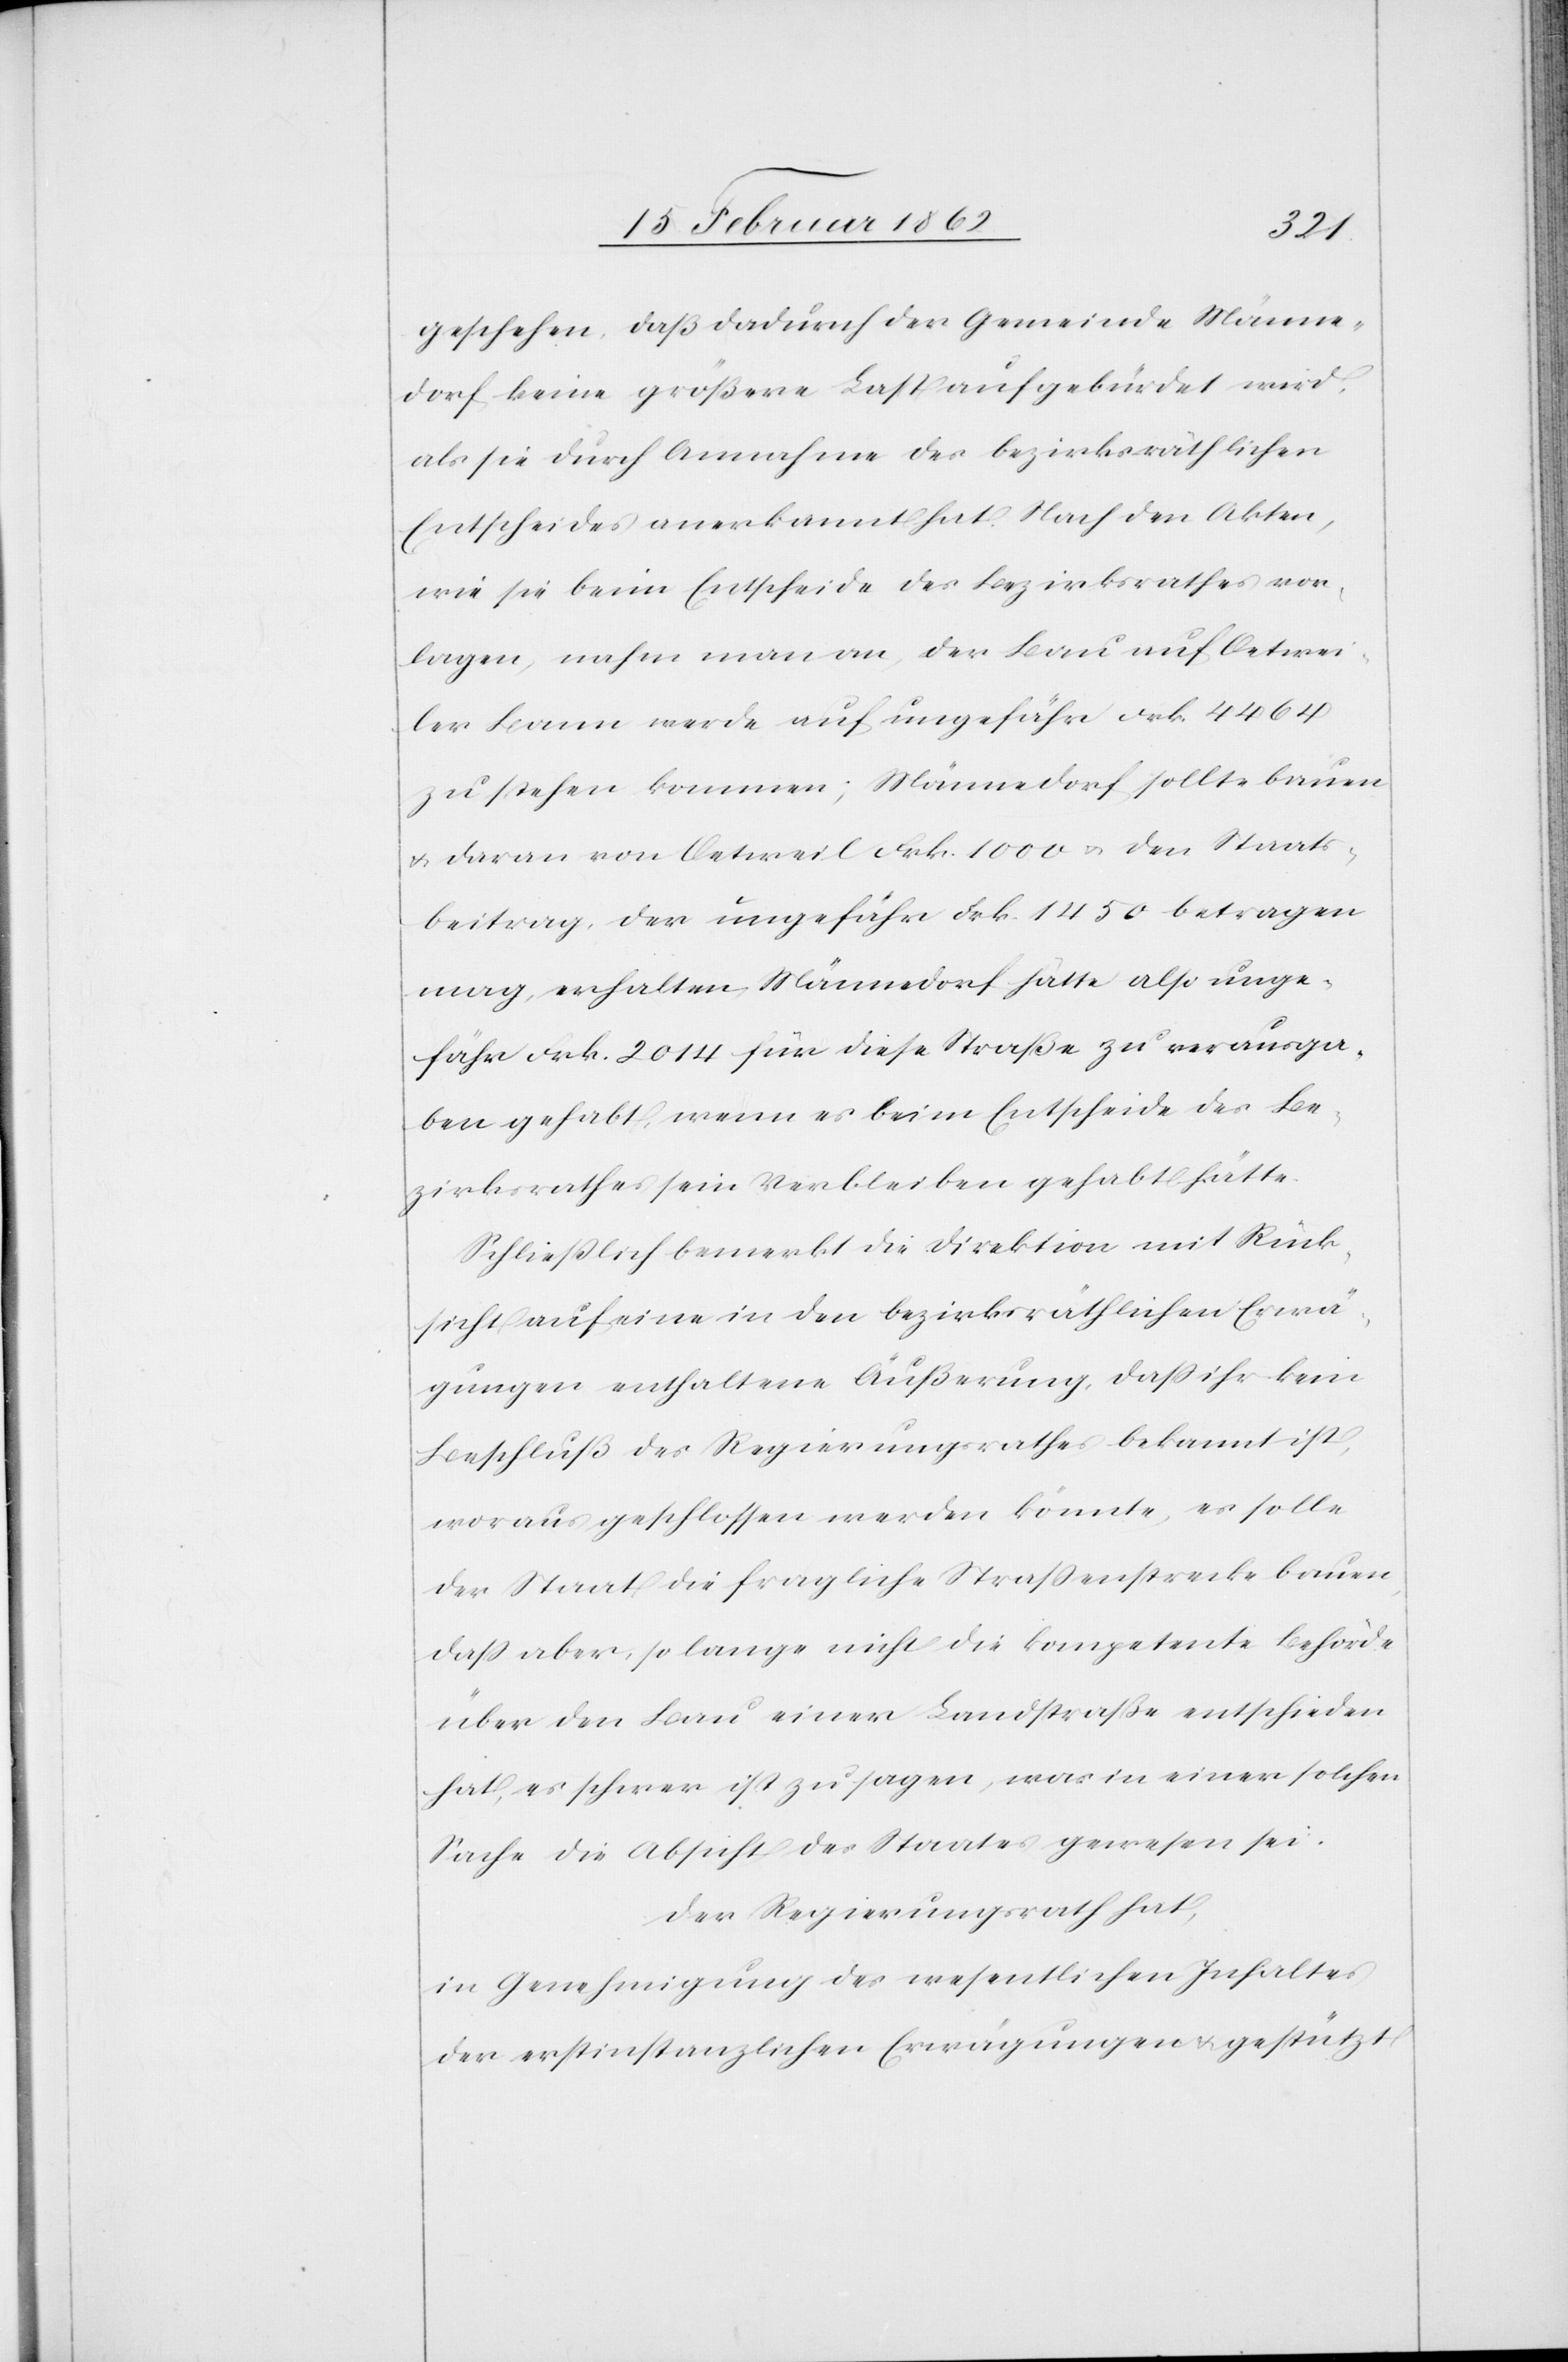
geschehen, daß dadurch der Gemeinde Männe¬
dorf keine größere Last aufgebürdet wird,
als sie durch Annahme des bezirksräthlichen
Entscheides anerkannt hat. Nach den Akten,
wie sie beim Entscheide des Bezirksrathes vor¬
lagen, nahm man an, der Bau auf Oetwei¬
ler Bann werde auf ungefähr Frk. 4464
zu stehen kommen; Männedorf sollte bauen
u. daran von Oetweil Frk. 1000 u. den Staats¬
beitrag, der ungefähr Frk. 1450 betragen
mag, erhalten. Männedorf hätte also unge¬
fähr Frk. 2014 für diese Straße zu verausga¬
ben gehabt, wenn es beim Entscheide des Be¬
zirksrathes sein Verbleiben gehabt hätte.
Schließlich bemerkt die Direktion mit Rück¬
sicht auf eine in den bezirksräthlichen Erwä¬
gungen enthaltene Äußerung, daß ihr kein
Beschluß des Regierungsrathes bekannt ist,
woraus geschlossen werden könnte, es solle
der Staat die fragliche Straßenstrecke bauen,
daß aber, so lange nicht die kompetente Behörde
über den Bau einer Landstraße entschieden
hat, es schwer ist zu sagen, was in einer solchen
Sache die Absicht des Staates gewesen sei.
Der Regierungsrath hat,
in Genehmigung des wesentlichen Inhaltes
der erstinstanzlichen Erwägungen u. gestützt